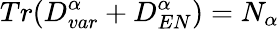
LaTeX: Tr(D_{var}^{\alpha}+D_{EN}^{\alpha})=N_{\alpha}